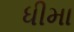
ધીમા